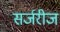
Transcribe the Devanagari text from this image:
सर्जरीज